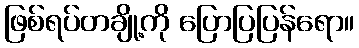
ဖြစ်ရပ်တချို့ကို ပြောပြပြန်ရော။